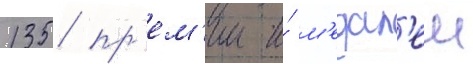
135 пр'ем'ии и́ м'едал'еи